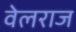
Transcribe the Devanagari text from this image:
वेलराज